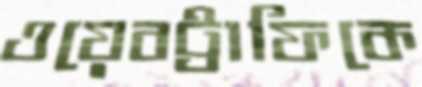
ওয়েবট্রাফিকে